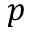
p